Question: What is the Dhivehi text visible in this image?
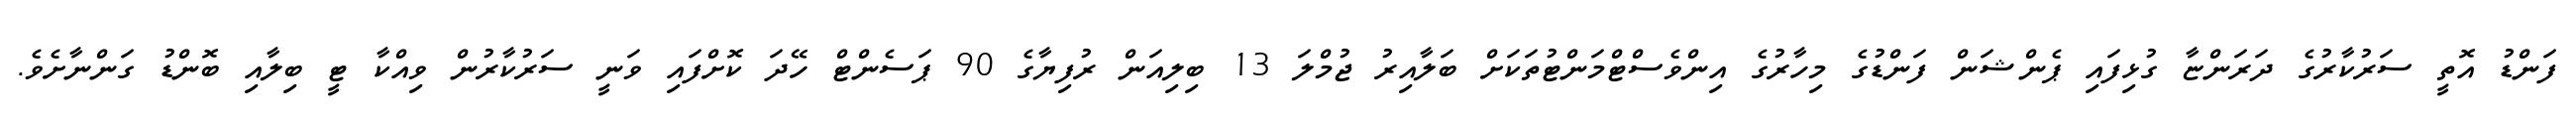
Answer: ފަންޑު އޮތީ ސަރުކާރުގެ ދަރަންޏާ ގުޅިފައި ޕެންޝަން ފަންޑުގެ މިހާރުގެ އިންވެސްޓްމަންޓުތަކަށް ބަލާއިރު ޖުމްލަ 13 ބިލިއަން ރުފިޔާގެ 90 ޕަސެންޓް ހޭދަ ކޮށްފައި ވަނީ ސަރުކާރުން ވިއްކާ ޓީ ބިލާއި ބޮންޑު ގަންނާށެވެ.